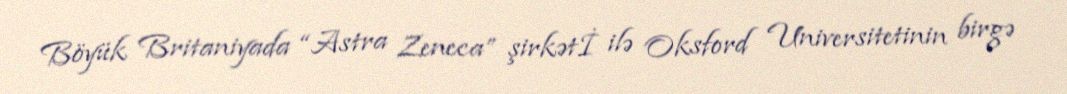
Böyük Britaniyada “Astra Zeneca” şirkətİ ilə Oksford Universitetinin birgə